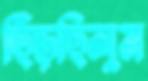
ছিঁড়ছিলুম